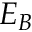
E _ { B }